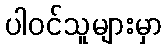
ပါဝင်သူများမှာ